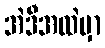
အဲဒီအထဲမှာ